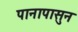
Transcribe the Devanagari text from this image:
पानापासुन